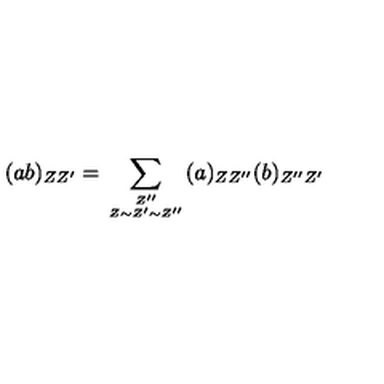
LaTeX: ( a b ) _ { Z Z ^ { \prime } } = \sum _ { { Z ^ { \prime \prime } } \atop { Z \sim Z ^ { \prime } \sim Z ^ { \prime \prime } } } ( a ) _ { Z Z ^ { \prime \prime } } ( b ) _ { Z ^ { \prime \prime } Z ^ { \prime } }